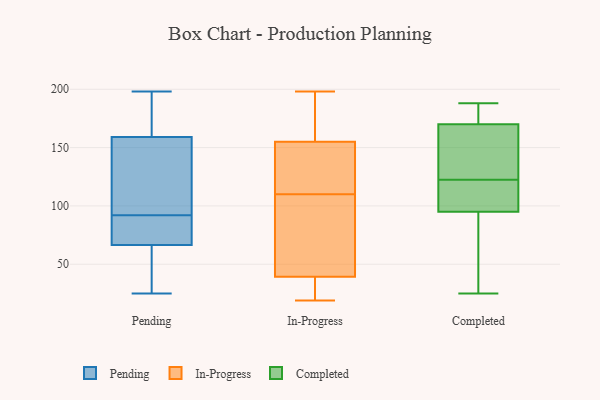
{"axis": {"x": "Gross Profit (USD K)", "y": "Value"}, "legend": ["Completed", "In-Progress", "Pending"], "data": [{"x": "", "y": 90, "type": "Pending"}, {"x": "", "y": 72, "type": "Pending"}, {"x": "", "y": 142, "type": "Pending"}, {"x": "", "y": 176, "type": "Pending"}, {"x": "", "y": 82, "type": "Pending"}, {"x": "", "y": 61, "type": "Pending"}, {"x": "", "y": 198, "type": "Pending"}, {"x": "", "y": 49, "type": "Pending"}, {"x": "", "y": 25, "type": "Pending"}, {"x": "", "y": 114, "type": "Pending"}, {"x": "", "y": 94, "type": "Pending"}, {"x": "", "y": 183, "type": "Pending"}, {"x": "", "y": 177, "type": "In-Progress"}, {"x": "", "y": 76, "type": "In-Progress"}, {"x": "", "y": 148, "type": "In-Progress"}, {"x": "", "y": 48, "type": "In-Progress"}, {"x": "", "y": 198, "type": "In-Progress"}, {"x": "", "y": 40, "type": "In-Progress"}, {"x": "", "y": 27, "type": "In-Progress"}, {"x": "", "y": 66, "type": "In-Progress"}, {"x": "", "y": 126, "type": "In-Progress"}, {"x": "", "y": 19, "type": "In-Progress"}, {"x": "", "y": 37, "type": "In-Progress"}, {"x": "", "y": 110, "type": "In-Progress"}, {"x": "", "y": 31, "type": "In-Progress"}, {"x": "", "y": 154, "type": "In-Progress"}, {"x": "", "y": 148, "type": "In-Progress"}, {"x": "", "y": 191, "type": "In-Progress"}, {"x": "", "y": 158, "type": "In-Progress"}, {"x": "", "y": 56, "type": "Completed"}, {"x": "", "y": 181, "type": "Completed"}, {"x": "", "y": 97, "type": "Completed"}, {"x": "", "y": 125, "type": "Completed"}, {"x": "", "y": 96, "type": "Completed"}, {"x": "", "y": 69, "type": "Completed"}, {"x": "", "y": 170, "type": "Completed"}, {"x": "", "y": 188, "type": "Completed"}, {"x": "", "y": 137, "type": "Completed"}, {"x": "", "y": 25, "type": "Completed"}, {"x": "", "y": 130, "type": "Completed"}, {"x": "", "y": 120, "type": "Completed"}, {"x": "", "y": 95, "type": "Completed"}, {"x": "", "y": 181, "type": "Completed"}]}